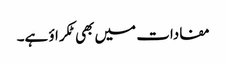
مفادات میں بھی ٹکراؤ ہے۔